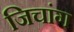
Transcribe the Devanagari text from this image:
जिचांग